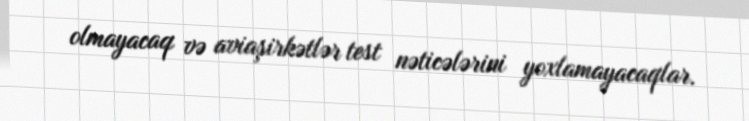
olmayacaq və aviaşirkətlər test nəticələrini yoxlamayacaqlar.